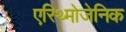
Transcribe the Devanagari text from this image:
एरिथ्मोजेनिक